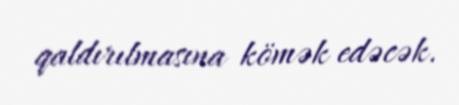
qaldırılmasına kömək edəcək.